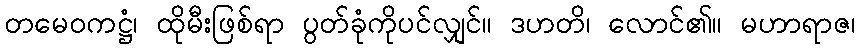
တမေဝကဋ္ဌံ၊ ထိုမီးဖြစ်ရာ ပွတ်ခုံကိုပင်လျှင်။ ဒဟတိ၊ လောင်၏။ မဟာရာဇ၊